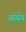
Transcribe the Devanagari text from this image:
संस्थेचं